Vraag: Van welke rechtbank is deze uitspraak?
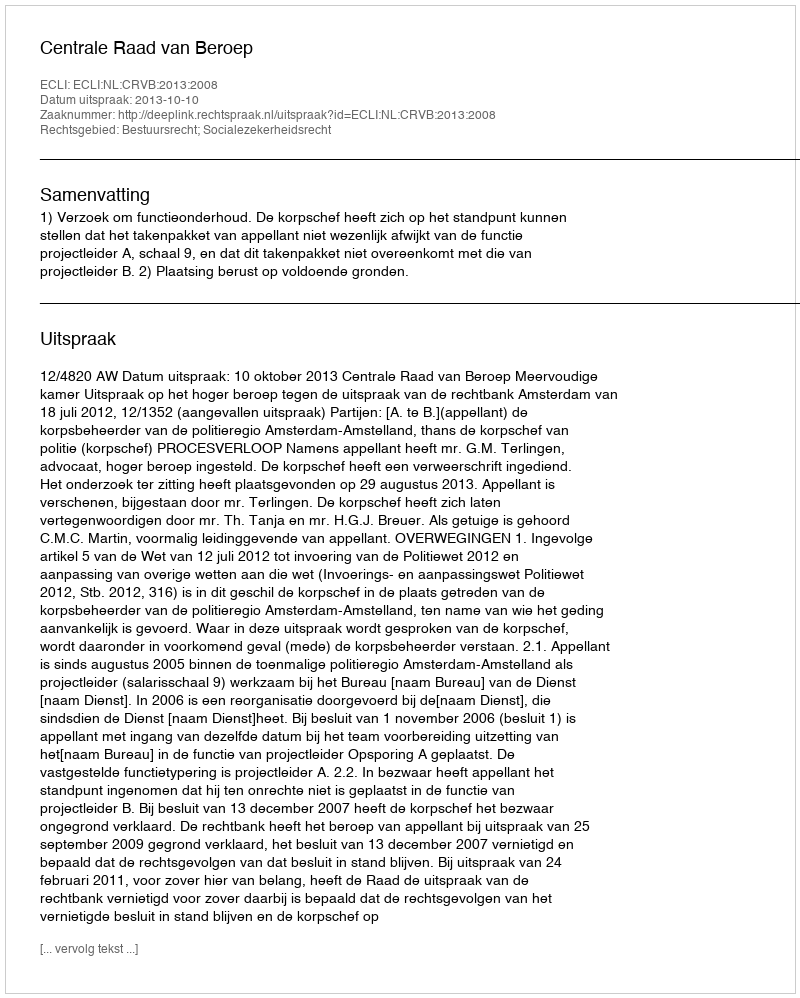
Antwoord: Centrale Raad van Beroep